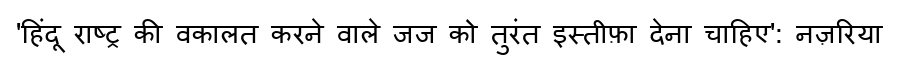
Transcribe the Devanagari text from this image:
'हिंदू राष्ट्र की वकालत करने वाले जज को तुरंत इस्तीफ़ा देना चाहिए': नज़रिया